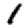
Digit: 1